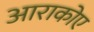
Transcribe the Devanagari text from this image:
आराकोए